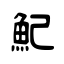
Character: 魢